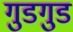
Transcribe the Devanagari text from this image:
गुडगुड